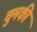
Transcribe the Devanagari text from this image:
चुमकी